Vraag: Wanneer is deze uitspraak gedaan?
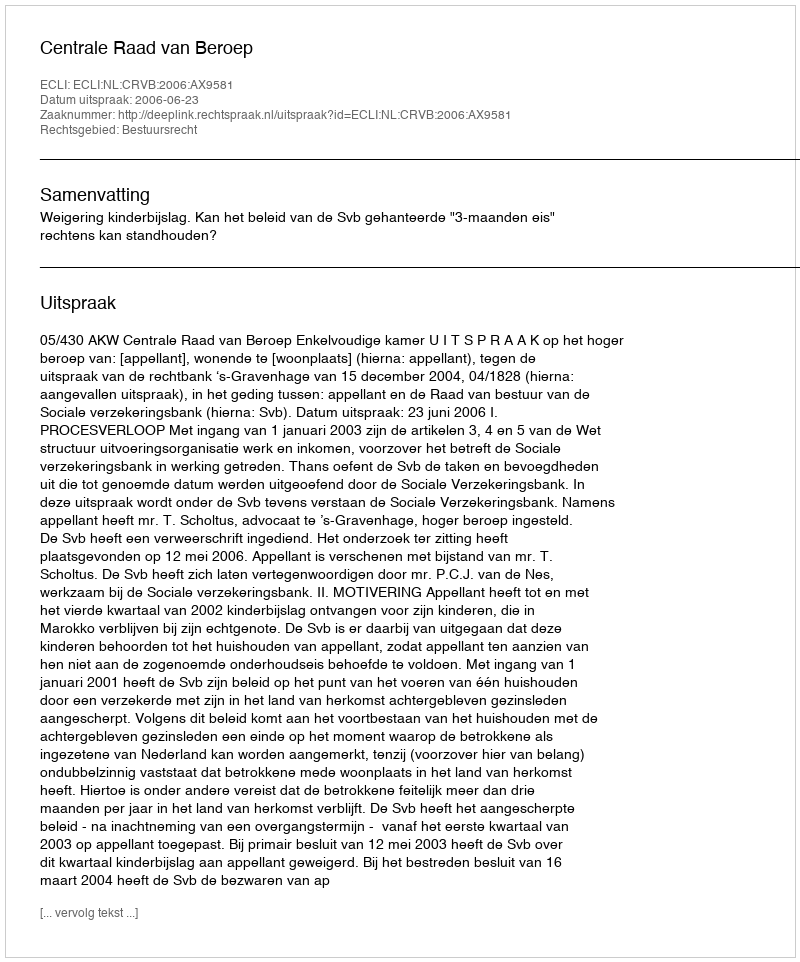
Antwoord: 2006-06-23